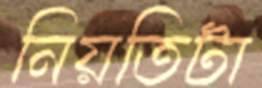
নিয়তিটা